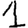
Digit: 1